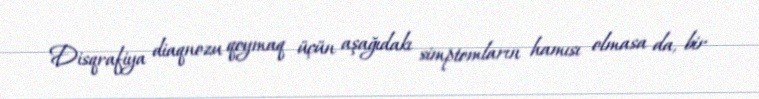
Disqrafiya diaqnozu qoymaq üçün aşağıdakı simptomların hamısı olmasa da, bir